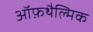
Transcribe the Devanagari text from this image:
ऑफ़थैल्मिक